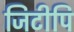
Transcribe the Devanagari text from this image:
जिटीपि